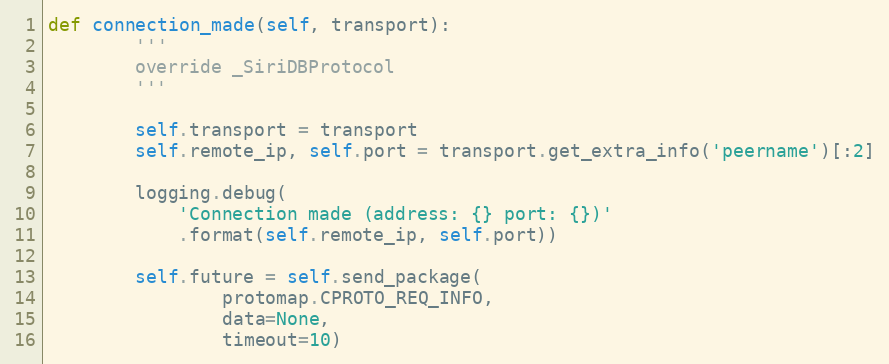
Language: Python
def connection_made(self, transport):
        '''
        override _SiriDBProtocol
        '''

        self.transport = transport
        self.remote_ip, self.port = transport.get_extra_info('peername')[:2]

        logging.debug(
            'Connection made (address: {} port: {})'
            .format(self.remote_ip, self.port))

        self.future = self.send_package(
                protomap.CPROTO_REQ_INFO,
                data=None,
                timeout=10)